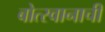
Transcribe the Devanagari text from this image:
बोत्स्वानाची